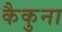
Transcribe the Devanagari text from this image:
कैकुना